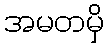
အမတမှိ